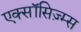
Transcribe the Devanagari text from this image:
एक्सॉसिज़्म्स